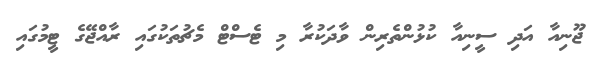
ޖޫނިއާ އަދި ސީނިއާ ކުޅުންތެރިން ވާދަކުރާ މި ޓެސްޓް މެޗުތަކުގައި ރާއްޖޭގެ ޓީމުގައި